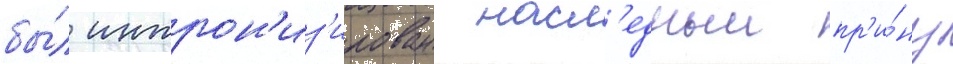
бы́л интрон'из'ирован насл'едныи пр'и́нц